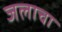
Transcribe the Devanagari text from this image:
जलाचा